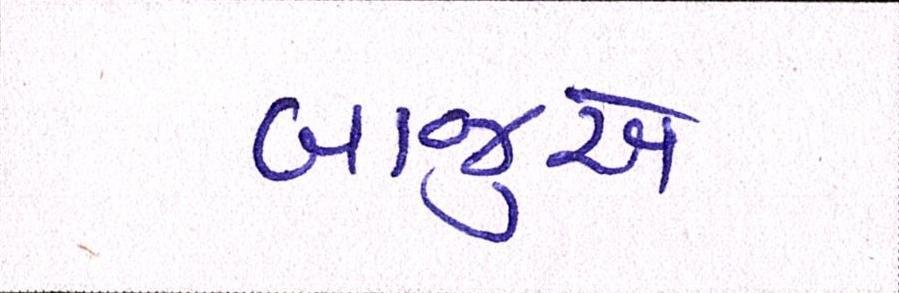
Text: બાજુએ